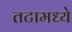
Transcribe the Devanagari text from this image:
तटामध्ये